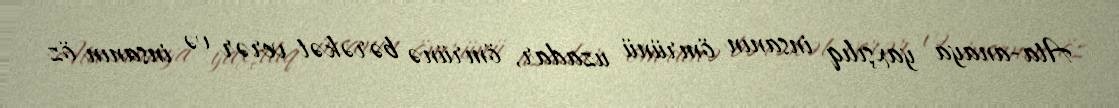
Ata-anaya yaxşılıq insanın ömrünü uzadar, ömrünə bərəkət verər və insanın öz